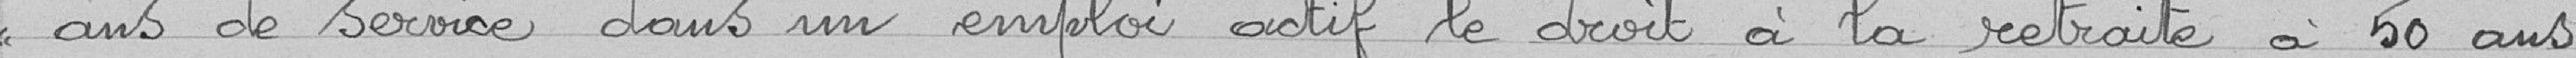
<< ans de service dans un emploi actif le droit à la retraite à 50 ans